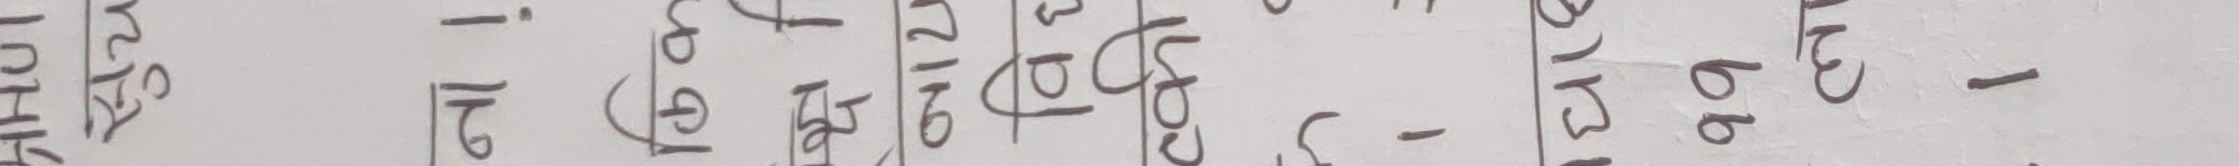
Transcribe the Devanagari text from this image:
प्रश्न
२।
टोगो
दि १२ घण्टा
३० मि
५-
६० से
४-
३० अंक
-